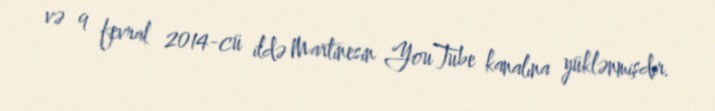
və 9 fevral 2014-cü ildə Martinesin YouTube kanalına yüklənmişdir.